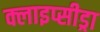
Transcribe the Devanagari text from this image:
क्लाइप्सीड्रा